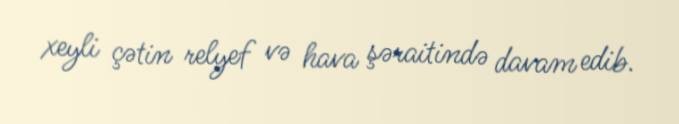
xeyli çətin relyef və hava şəraitində davam edib.